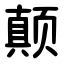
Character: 颠